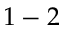
1 - 2